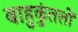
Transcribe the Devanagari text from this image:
बाहुकुंतलों